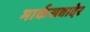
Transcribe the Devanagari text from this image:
मार्कसवादेर